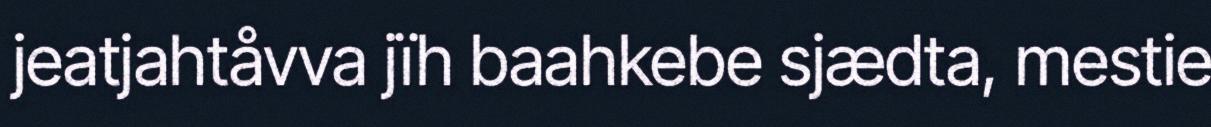
jeatjahtåvva jïh baahkebe sjædta, mestie